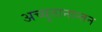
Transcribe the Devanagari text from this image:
अच्युतानान्तन